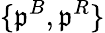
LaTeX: \{ \mathfrak{p}^{B},\mathfrak{p}^{R}\}